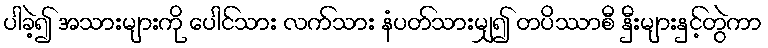
ပါခဲ့၍ အသားများကို ပေါင်သား လက်သား နံပတ်သားမျှ၍ တပိဿာစီ နှီးများနှင့်တွဲကာ